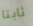
ثابتا